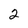
Character: 2